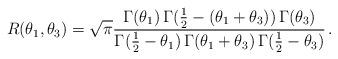
LaTeX: \begin{align*}R(\theta_1,\theta_3)=\sqrt{\pi}\frac{\Gamma(\theta_1)\,\Gamma(\frac{1}{2}-(\theta_1+\theta_3))\,\Gamma(\theta_3)}{\Gamma(\frac{1}{2}-\theta_1)\,\Gamma(\theta_1+\theta_3)\,\Gamma(\frac{1}{2}-\theta_3)}\,.\end{align*}